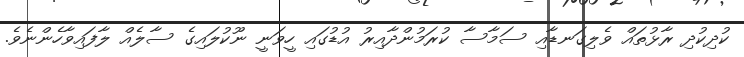
ކުދިކުދި ރާޅުތައް ވެލިގަނޑާއި ސަމާސާ ކުރަމުންދާއިރު އުޑުގައި ހީވަނީ ނޫކުލައިގެ ސާލެއް ލާފައިވާހެންނެވެ.